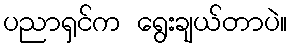
ပညာရှင်က ရွေးချယ်တာပဲ။